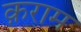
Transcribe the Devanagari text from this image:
क़राम